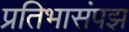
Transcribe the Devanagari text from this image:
प्रतिभासंपझ